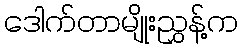
ဒေါက်တာမျိုးညွှန့်က